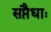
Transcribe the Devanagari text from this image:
सप्तैधाः